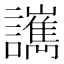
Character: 𧮄